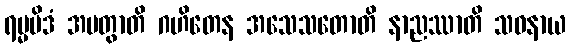
ရမ္မမိဒံ အပတွာတိ ဂဟိတေန အသေသတောတိ နာညဿာတိ သဝနာယ